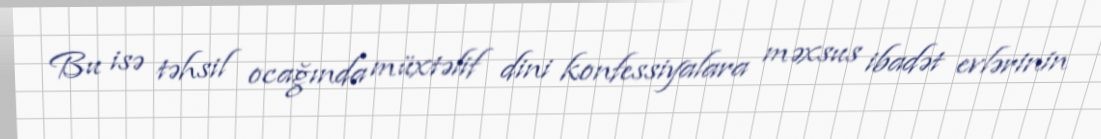
Bu isə təhsil ocağında müxtəlif dini konfessiyalara məxsus ibadət evlərinin